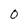
Character: 0